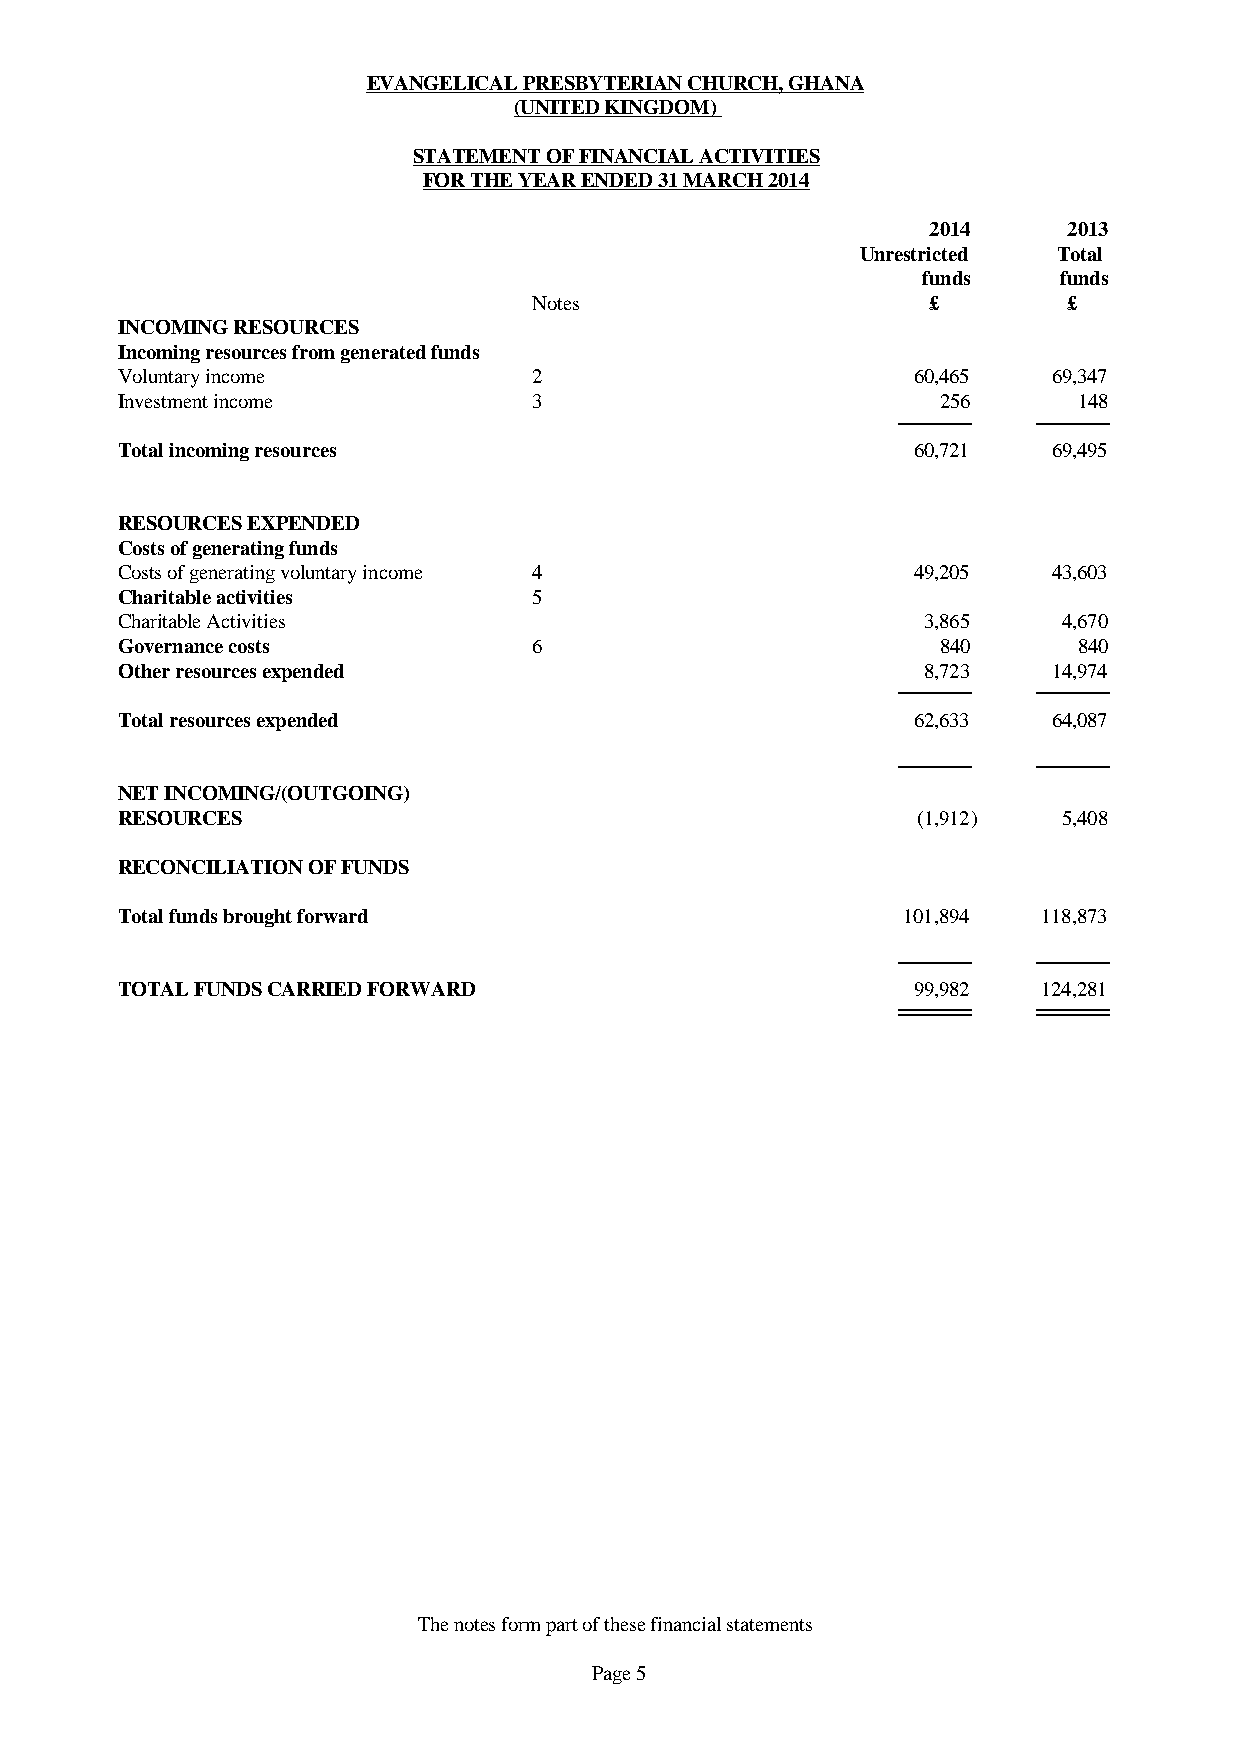
EVANGELICAL PRESBYTERIAN CHURCH, GHANA
 (UNITED KINGDOM)
 STATEMENT OF FINANCIAL ACTIVITIES
 FOR THE YEAR ENDED 31 MARCH 2014
 2014     2013
 Unrestricted Total
 funds    funds
 Notes                      £        £
 INCOMING RESOURCES
 Incoming resources from generated funds
 Voluntary income           2                        60,465    69,347
 Investment income          3                          256      148
 Total incoming resources                            60,721    69,495
 RESOURCES EXPENDED
 Costs of generating funds
 Costs of generating voluntary income 4              49,205    43,603
 Charitable activities      5
 Charitable Activities                                3,865    4,670
 Governance costs           6                          840      840
 Other resources expended                             8,723    14,974
 Total resources expended                            62,633    64,087
 NET INCOMING/(OUTGOING)
 RESOURCES                                            (1,912)  5,408
 RECONCILIATION OF FUNDS
 Total funds brought forward                         101,894  118,873
 TOTAL FUNDS CARRIED FORWARD                         99,982   124,281
 The notes form part of these financial statements
 Page 5